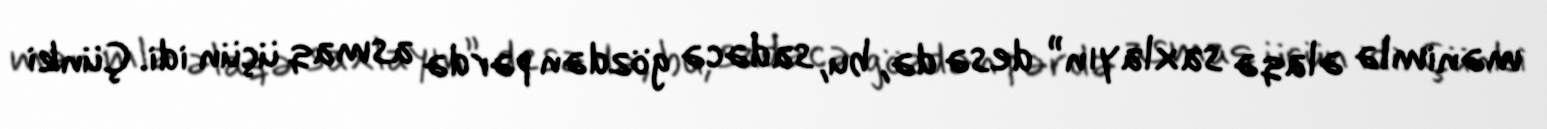
mənimlə əlaqə saxlayın” desə də, bu, sadəcə gözdən pərdə asmaq üçün idi. Çünki